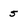
Character: 5